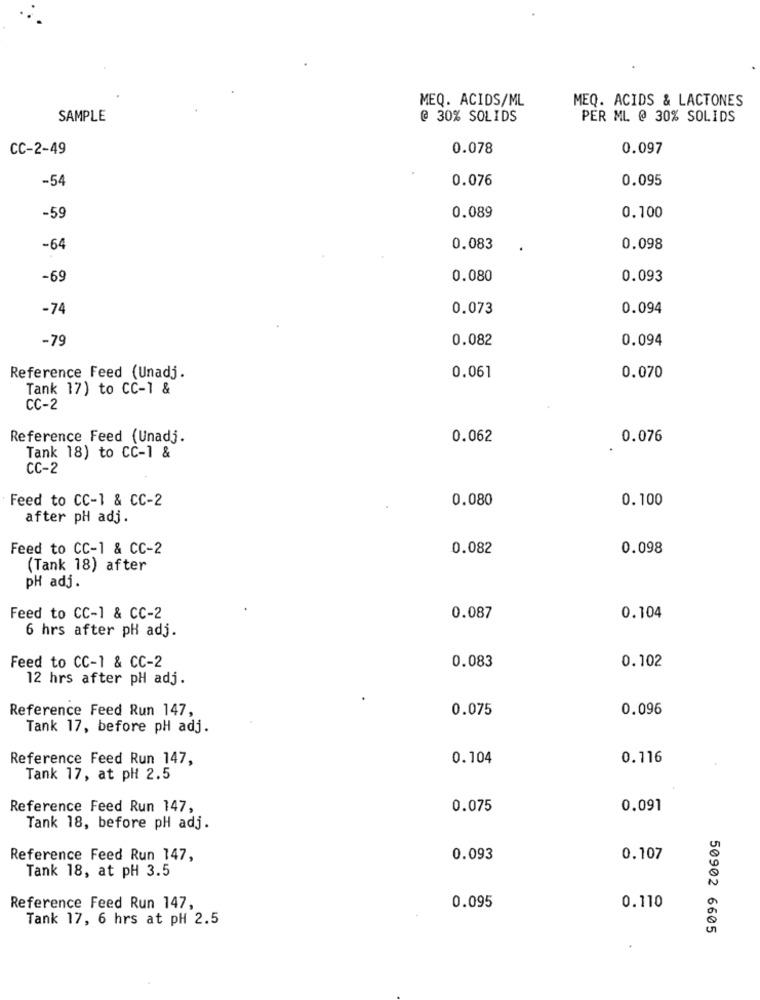
MEQ. ACIDS/ML
MEQ. ACIDS & LACTONES
SAMPLE
@ 30% SOLIDS
PER ML @ 30% SOLIDS
CC-2-49
0.078
0.097
0.076
0.095
-54
0.089
0.100
-59
-64
0.083
0.098
-69
0.080
0.093
-74
0.073
0.094
-79
0.082
0.094
Reference Feed (Unadj.
0.061
0.070
Tank 17) to CC-1 &
CC-2
Reference Feed (Unadj.
0.062
0.076
Tank 18) to CC-1 &
CC-2
Feed to CC-1 & CC-2
0.080
0.100
after pH adj.
Feed to CC-1 & CC-2
0.082
0.098
(Tank 18) after
PH adj.
Feed to CC-1 & CC-2
0.087
0.104
6 hrs after pH adj.
Feed to CC-1 & CC-2
0.083
0.102
12 hrs after pH adj.
Reference Feed Run 147,
0.075
0.096
Tank 17, before pH adj.
Reference Feed Run 147,
0.104
0.116
Tank 17, at pH 2.5
Reference Feed Run 147,
0.075
0.091
Tank 18, before pH adj.
Reference Feed Run 147,
0.093
0.107
Tank 18, at pH 3.5
Reference Feed Run 147,
0.095
0.110
Tank 17, 6 hrs at pH 2.5
50902 6605